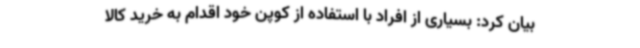
بیان کرد: بسیاری از افراد با استفاده از کوپن خود اقدام به خرید کالا